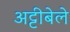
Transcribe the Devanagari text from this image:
अट्टीबेले